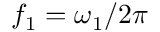
f _ { 1 } = \omega _ { 1 } / 2 \pi